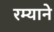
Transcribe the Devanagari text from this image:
रम्याने